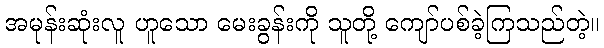
အမုန်းဆုံးလူ ဟူသော မေးခွန်းကို သူတို့ ကျော်ပစ်ခဲ့ကြသည်တဲ့။